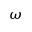
\omega